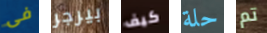
فى بيرجر كيف حلة تم